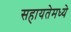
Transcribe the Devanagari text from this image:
सहायतेमध्ये